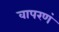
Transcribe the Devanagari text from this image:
वापरणं